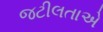
જટીલતાએ